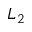
L _ { 2 }